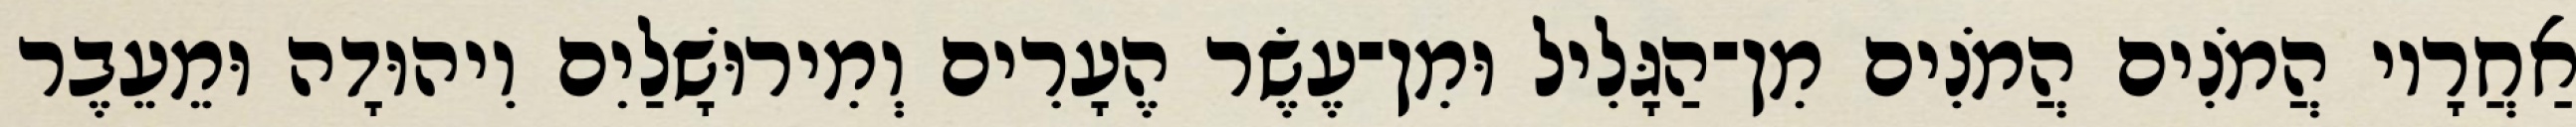
אַחֲרָיו הֲמֹנִים הֲמֹנִים מִן־הַגָּלִיל וּמִן־עֶשֶׂר הֶעָרִים וְמִירוּשָׁלַיִם וִיהוּדָה וּמֵעֵבֶר